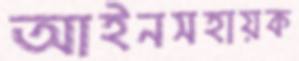
আইনসহায়ক